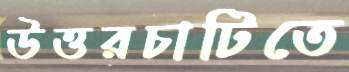
উত্তরচাটিতে